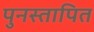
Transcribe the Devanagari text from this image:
पुनस्तापित